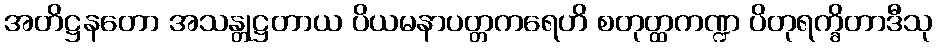
အတိဋ္ဌနတော အသန္တုဋ္ဌတာယ ပိယမနာပတ္တကရေဟိ စတုတ္ထကဏ္ဍ ပိတုရက္ခိတာဒီသု